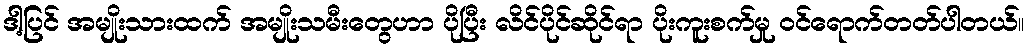
ဒါ့ပြင် အမျိုးသားထက် အမျိုးသမီးတွေဟာ ပိုပြီး လိင်ပိုင်ဆိုင်ရာ ပိုးကူးစက်မှု ဝင်ရောက်တတ်ပါတယ်။